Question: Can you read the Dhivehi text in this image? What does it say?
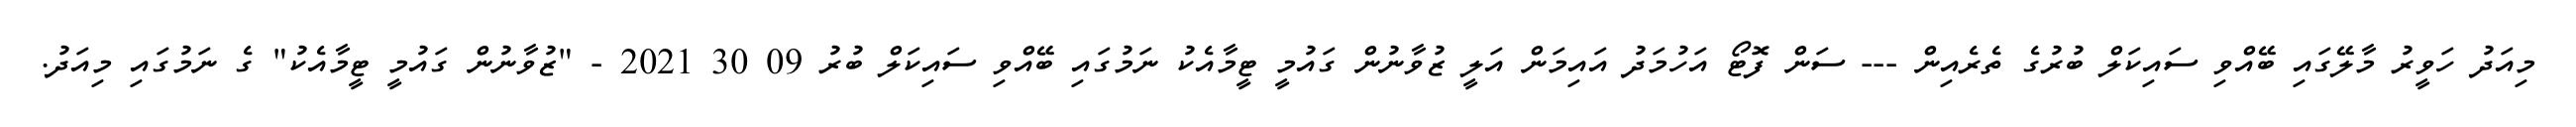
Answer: މިއަދު ހަވީރު މާލޭގައި ބޭއްވި ސައިކަލް ބުރުގެ ތެރެއިން --- ސަން ފޮޓޯ އަހުމަދު އައިމަން އަލީ ޒުވާނުން ގައުމީ ޓީމާއެކު ނަމުގައި ބޭއްވި ސައިކަލް ބުރު 09 30 2021 - "ޒުވާނުން ގައުމީ ޓީމާއެކު" ގެ ނަމުގައި މިއަދު.